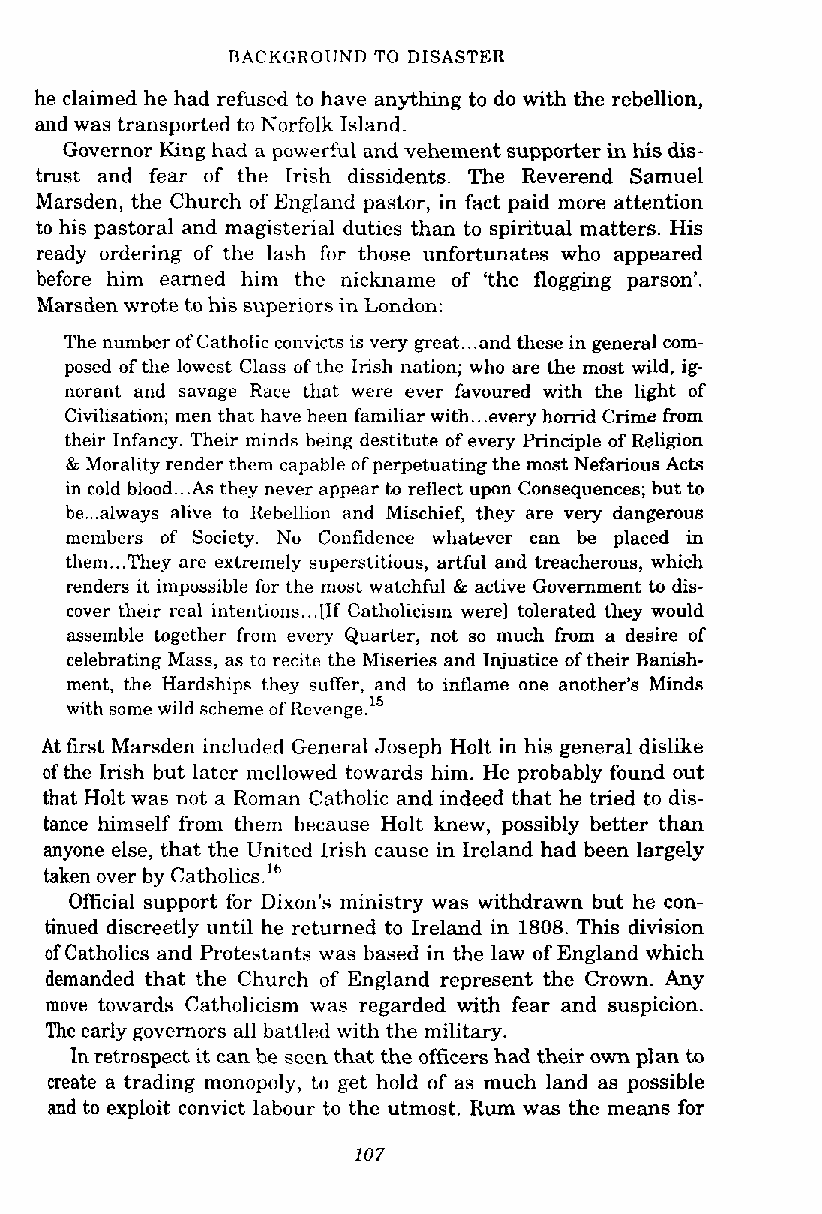
BACKGROUND TO DISASTER
 he claimed he had refused to have anything to do with the rebellion,
 and was transported to Norfolk Island.
 Governor King had a powerful and vehement supporter in his dis-
 trust and fear of the Irish dissidents. The Reverend Samuel
 Marsden, the Church of England pastor, in fact paid more attention
 to his pastoral and magisterial duties than to spiritual matters. His
 ready ordering of the lash for those unfortunates who appeared
 before him earned him the nickname of 'the flogging parson'.
 Marsden wrote to his superiors in London:
 The number of Catholic convicts is very great ...a nd these in general com-
 posed of the lowest Class of the Irish nation; who are the most wild, ig-
 norant and savage Race that were ever favoured with the light of
 Civilisation; men that have heen familiar with ...e very homd Crime from
 their Infancy. Their minds being destitute of every Principle of Religion
 & Morality render them capable of perpetuating the most Nefarious Acts
 in cold blood ...A s they never appear to reflect upon Consequences; but to
 be ...a lways alive to Rebellion and Mischief, they are very dangerous
 members of Society. No Confidence whatever can be placed in
 them ...T hey are extremely supcrstitious, artful and treacherous, which
 renders it impossible for the most watchful & active Government to dis-
 cover their real intentions ...[ If Catholicism were] tolerated they would
 assemble together from every Quarter, not so much from a desire of
 celebrating Mass, as to recite the Miseries and Injustice of their Banish-
 ment, the Hardships they suffer, and to inflame one another's Minds
 with some wild scheme of Revenge."
 At first Marsden included General Joseph Holt in his general dislike
 of the Irish but later mellowed towards him. He probably found out
 that Holt was not a Roman Catholic and indeed that he tried to dis-
 tance himself from them because Holt knew, possibly better than
 anyone else, that the United Irish cause in Ireland had been largely
 taken over by ~atho1ics.l~
 Official support for Dixon's ministry was withdrawn but he con-
 tinued discreetly until he returned to Ireland in 1808. This division
 of Catholics and Protestants was based in the law of England which
 demanded that the Church of England represent the Crown. Any
 move towards Catholicism was regarded with fear and suspicion.
 The early governors all battled with the military.
 In retrospect it can be seen that the officers had their own plan to
 create a trading monopoly, to get hold of as much land as possible
 and to exploit convict labour to the utmost. Rum was the means for